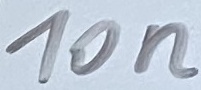
Text: 10n